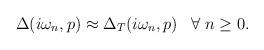
LaTeX: \begin{align*}\Delta(i\omega_n,p) \approx \Delta_T(i\omega_n,p) \; \; \; \forall\; n \geq 0. \end{align*}